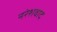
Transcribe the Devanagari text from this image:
नरेशवाद